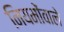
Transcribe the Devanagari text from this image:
नियमोंवाले